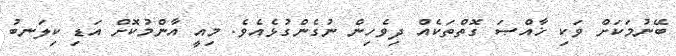
ބޭނުމަކަށް ވަކި ޚާއްޞަ ގޮތްތަކެއް ދިވެހިން ނުގެންގުޅެއެވެ. މިއީ އާންމުކޮށް އަޑި ކިލަނބު